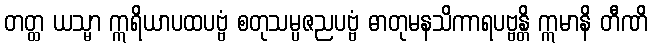
တတ္ထ ယသ္မာ ဣရိယာပထပဗ္ဗံ စတုသမ္ပဇညပဗ္ဗံ ဓာတုမနသိကာရပဗ္ဗန္တိ ဣမာနိ တီဏိ